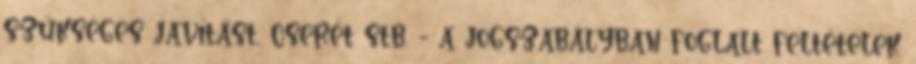
szükséges javítást, cserét stb. - a jogszabályban foglalt feltételek